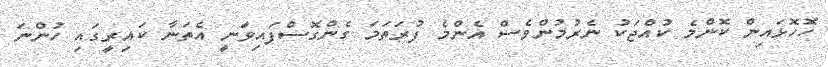
ހޮހޮޅައިން ކޮންމެ ކުއްޖަކު ނެރުމުންވެސް އެންމެ ފުރަތަމަ ގެންގޮސްފައިވަނީ އެތަނާ ކައިރީގައި ހުންނަ